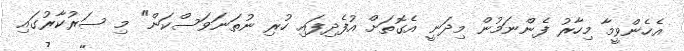
އެހެންވީމާ މިހާރު ފެންނަމުން މިދަނީ އެގޮތަށް އުފެދިފައި ހުރި ނުތަނަވަސްކަން" މި ސަރުކާރުގައި